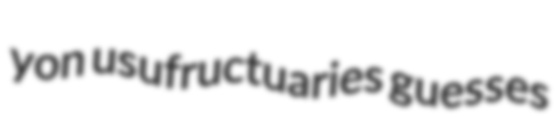
yon usufructuaries guesses